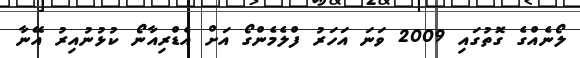
ލޯނެއްގެ ގޮތުގައި 2009 ވަނަ އަހަރު ފްލެމެންގޯ އަށް އެޑްރިއާނޯ ކުޅުނުއިރު އޭނާ